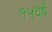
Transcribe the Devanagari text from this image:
१५वर्षे